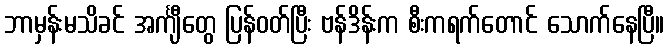
ဘာမှန်းမသိခင် အင်္ကျီတွေ ပြန်ဝတ်ပြီး ဗန်ဒိန်းက စီးကရက်တောင် သောက်နေပြီ။